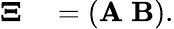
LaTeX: \begin{array}{rl}{{\mathbf\Xi}}&{{}=\left({\mathbf A}\; {\mathbf B}\right).}\end{array}